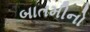
બાતમીનો